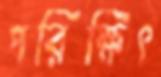
পরিক্ষিৎ